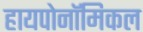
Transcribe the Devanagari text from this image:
हायपोनॉमिकल